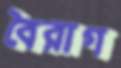
বৈরাগ